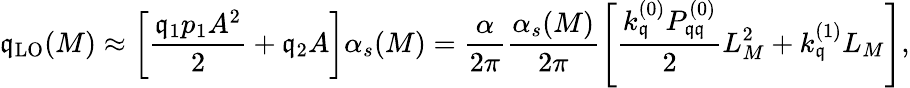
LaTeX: \mathfrak{q}_{\mathrm{{LO}}}(M)\approx\left[\frac{{\mathfrak{q}_{1}p_{1}A^{2}}}{{2}}+\mathfrak{q}_{2}A\right]\alpha_{s}(M)=\frac{{\alpha}}{{2\pi}}\frac{{\alpha_{s}(M)}}{{2\pi}}\left[\frac{{k_{\mathfrak{q}}^{(0)}P_{\mathfrak{q}\mathfrak{q}}^{(0)}}}{{2}}L_{M}^{2}+k_{\mathfrak{q}}^{(1)}L_{M}\right],